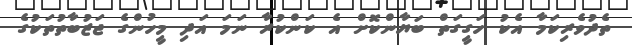
ތެދުވެރިކަމާ އެކު ހަގީގަތް ބަޔާންކޮށް އެ ކަންކުރާ ނަމަ އަދި މީހުންގެ ޖަޒުބާތުތަކުގެ